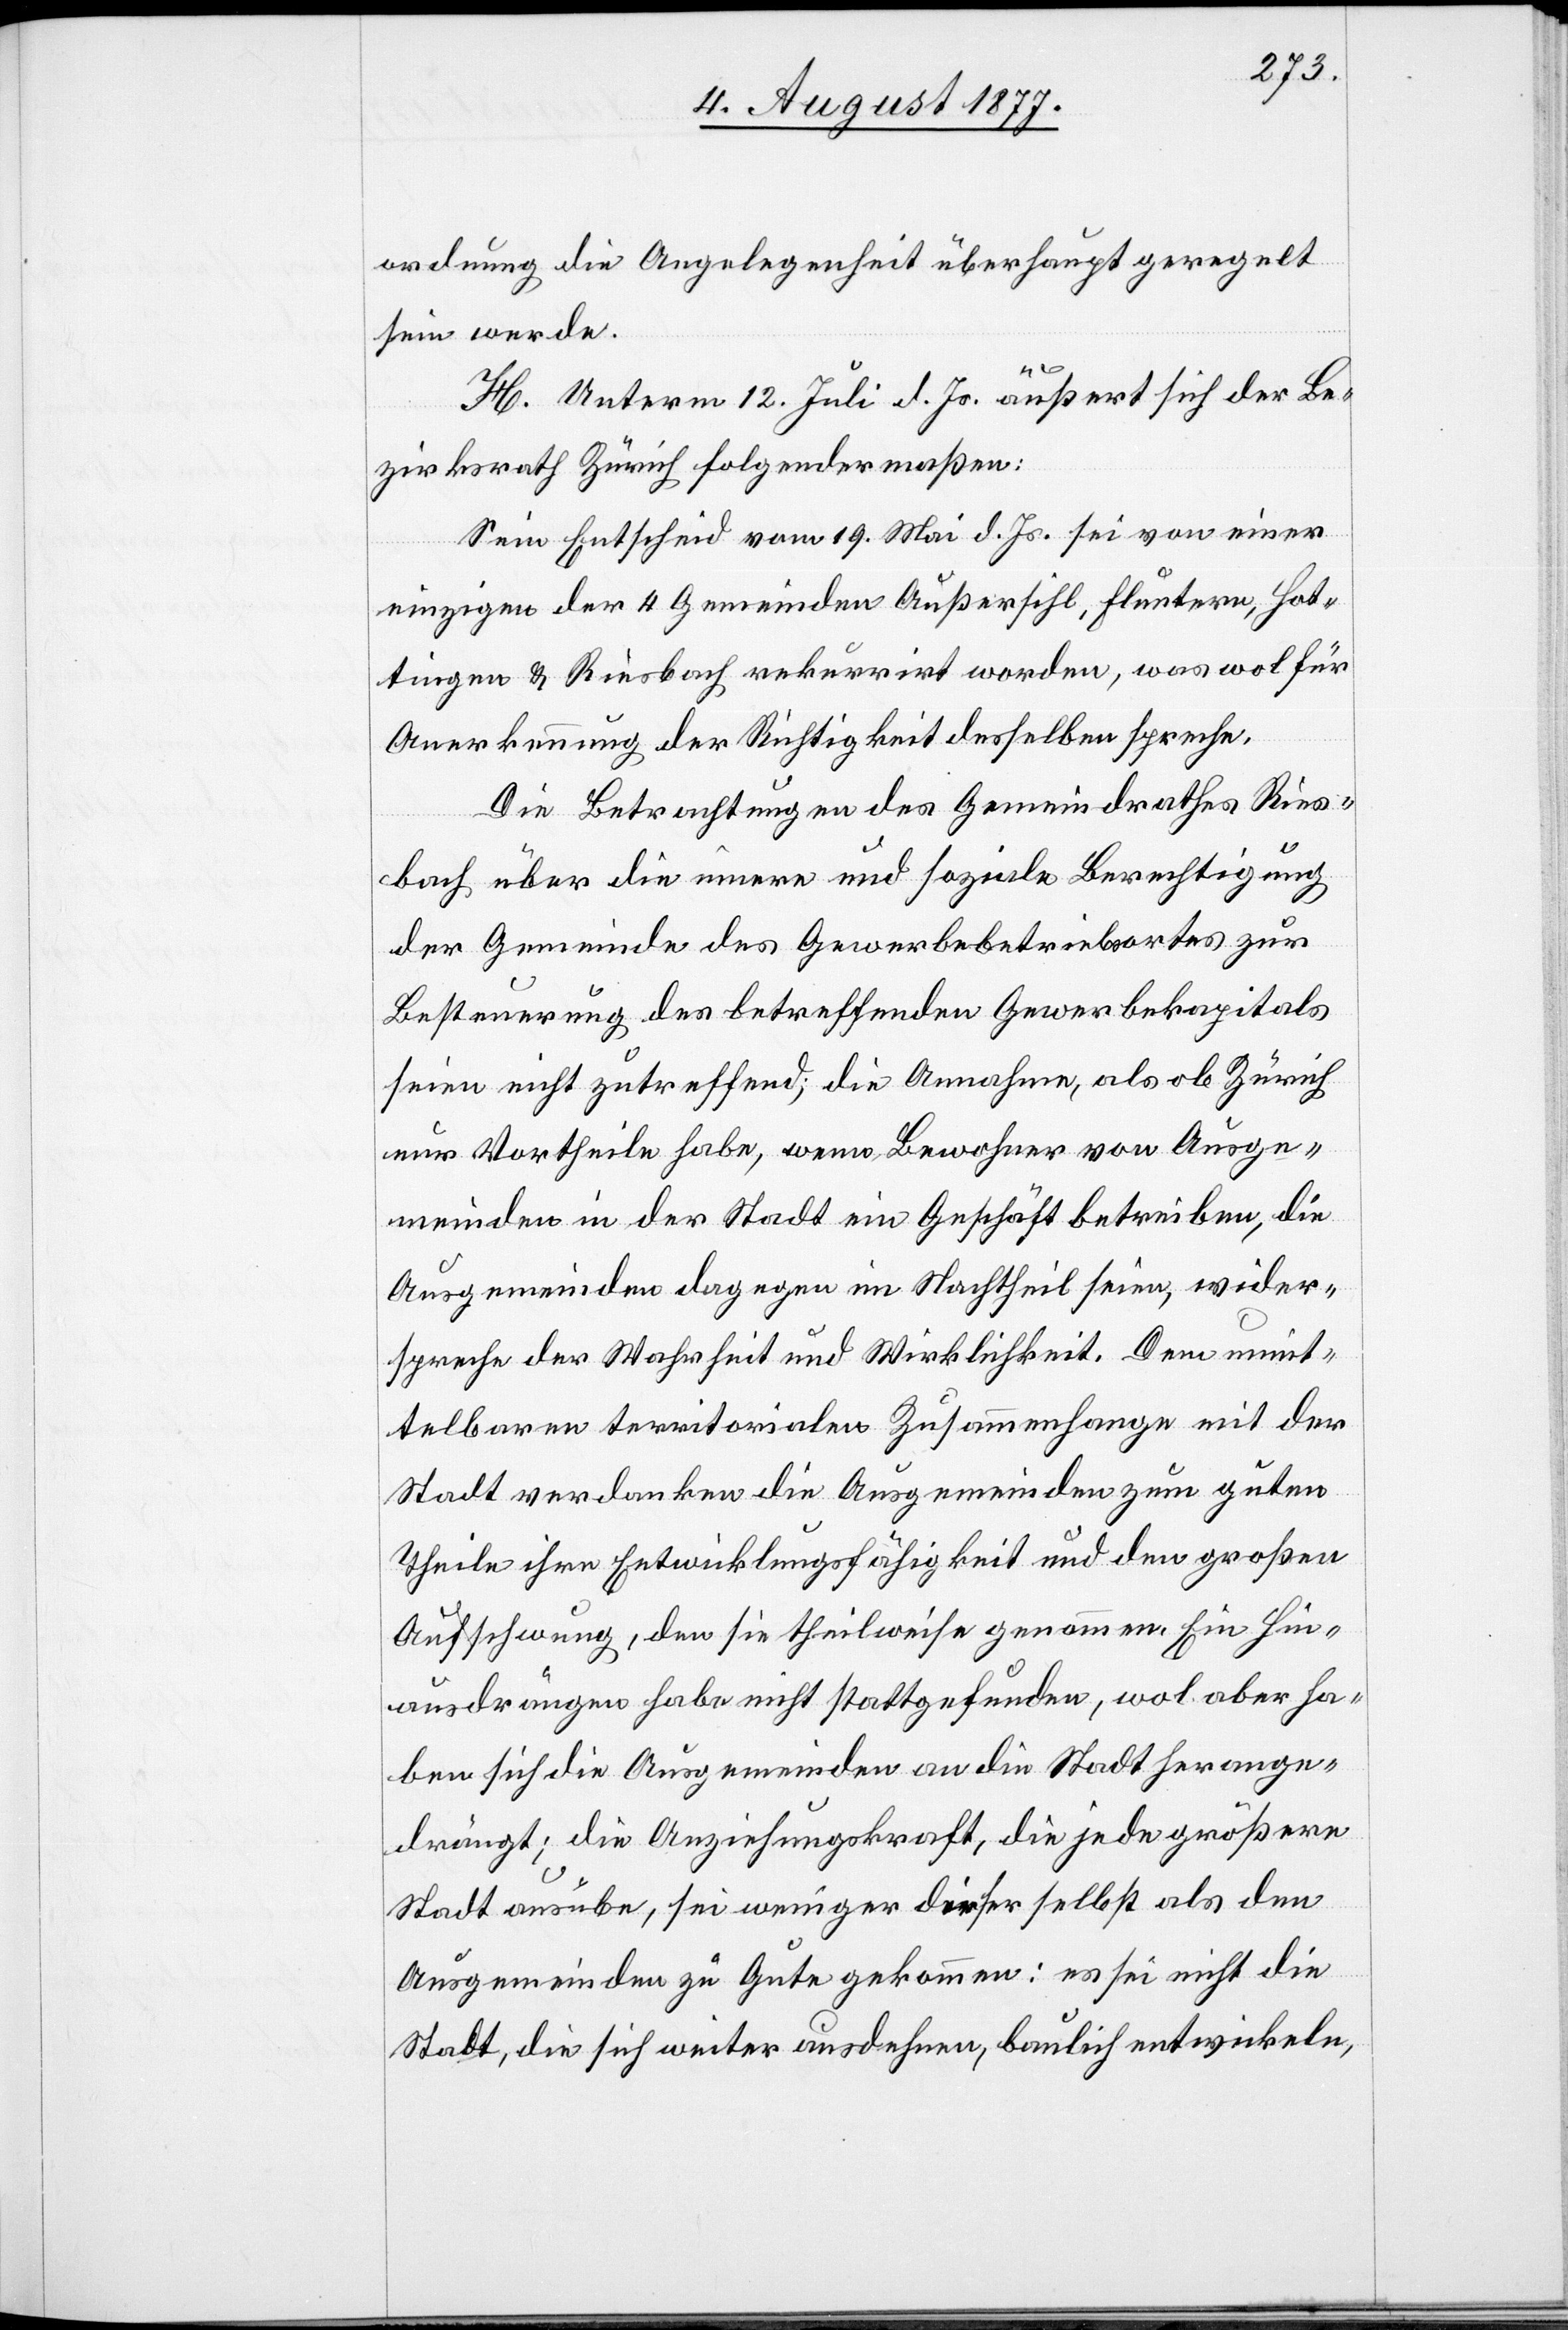
ordnung die Angelegenheit überhaupt geregelt
sein werde.
H. Unterm 12. Juli d. Js. äußert sich der Be¬
zirksrath Zürich folgendermaßen:
Sein Entscheid vom 19. Mai d. Js. sei von einer
einzigen der 4 Gemeinden Außersihl, Fluntern, Hot¬
tingen & Riesbach rekurrirt worden, was wol für
Anerkennung der Richtigkeit desselben spreche.
Die Betrachtungen des Gemeindrathes Ries¬
bach über die innere und soziale Berechtigung
der Gemeinde des Gewerbebetriebsortes zur
Besteuerung des betreffenden Gewerbekapitals
seien nicht zutreffend; die Annahme, als ob Zürich
nur Vortheile habe, wenn Bewohner von Ausge¬
meinden in der Stadt ein Geschäft betreiben, die
Ausgemeinden dagegen im Nachtheil seien, wider¬
spreche der Wahrheit und Wirklichkeit. Dem unmit¬
telbaren territorialen Zusammenhange mit der
Stadt verdanken die Ausgemeinden zum guten
Theile ihre Entwicklungsfähigkeit und den großen
Aufschwung, den sie theilweise genommen. Ein Hin¬
ausdrängen habe nicht stattgefunden, wol aber ha¬
ben sich die Ausgemeinden an die Stadt herange¬
drängt; die Anziehungskraft, die jede größere
Stadt ausübe, sei weniger dieser selbst als den
Ausgemeinden zu Gute gekommen: es sei nicht die
Stadt, die sich weiter ausdehnen, baulich entwickeln,